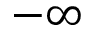
- \infty